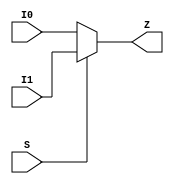
// This program was cloned from: https://github.com/colognechip/gatemate_ila
// License: GNU General Public License v3.0

module common_clkmux (
	I0,
	I1,
	S,
	Z
	);

	// synopsys translate_off
	parameter C_DELAY = 0.0;
	// synopsys translate_on

	input I0;
	input I1;
	input S;

	output Z;

	// synopsys translate_off
	generate
	if (C_DELAY > 0) begin: DELAY
		assign #C_DELAY Z = S ? I1 : I0;
	end
	else begin: NO_DELAY
		// synopsys translate_on
		assign Z = S ? I1 : I0;
		// synopsys translate_off
	end
	endgenerate
	// synopsys translate_on
endmodule


module common_clkinv (  I,
	ZN
	);

	// synopsys translate_off
	parameter C_DELAY = 0.0;
	// synopsys translate_on

	input  I;

	output ZN;

	wire   ZN;

	// synopsys translate_off
	generate
	if (C_DELAY > 0) begin: DELAY
		assign #C_DELAY ZN = ~I;
	end
	else begin: NO_DELAY
		// synopsys translate_on
		assign ZN = ~I;
		// synopsys translate_off
	end
	endgenerate
	// synopsys translate_on
endmodule